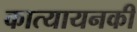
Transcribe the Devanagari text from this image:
कात्यायनकी